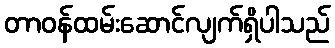
တာဝန်ထမ်းဆောင်လျက်ရှိပါသည်